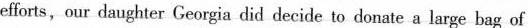
efforts,our daughter Georgia did decide to donate a large bag of loys to a littie girl whose mother was unable to pay for her holiday